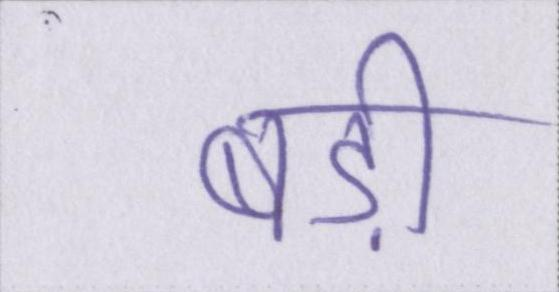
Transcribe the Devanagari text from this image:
बड़ी